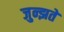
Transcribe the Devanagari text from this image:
जुन्झते